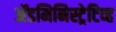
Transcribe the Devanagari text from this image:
अॅडमिनिस्ट्रेटिव्ह